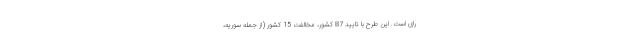
رای است. این طرح با تایید 87 کشور، مخالفت 15 کشور (از جمله سوریه،